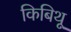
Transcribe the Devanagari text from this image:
किबिथू